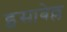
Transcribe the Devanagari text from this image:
इसाबेल्ल